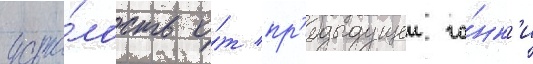
уста́лость о́т пр'едыдущеи го́нк'и